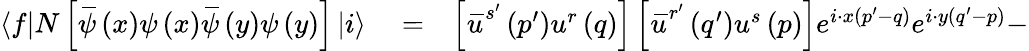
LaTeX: \begin{array}{rlr}{\left\langle f\right\vert N\left[\, \overline{{\! {\psi}}}\left(x\right)\psi\left(x\right)\, \overline{{\! {\psi}}}\left(y\right)\psi\left(y\right)\right]\left\vert i\right\rangle}&{{}=}&{\left[\, \overline{{\! {u}}}^{s^{\prime}}\left(p^{\prime}\right)u^{r}\left(q\right)\right]\left[\, \overline{{\! {u}}}^{r^{\prime}}\left(q^{\prime}\right)u^{s}\left(p\right)\right]e^{i\cdot x\left(p^{\prime}-q\right)}e^{i\cdot y\left(q^{\prime}-p\right)}-}\end{array}